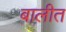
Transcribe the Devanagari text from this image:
बालीत